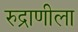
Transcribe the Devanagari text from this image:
रुद्राणीला